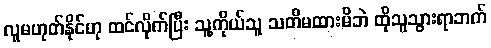
လူမဟုတ်နိုင်ဟု ထင်လိုက်ပြီး သူ့ကိုယ်သူ သတိမထားမိဘဲ ထိုသူသွားရာဘက်